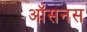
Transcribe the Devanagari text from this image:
ऑसनस